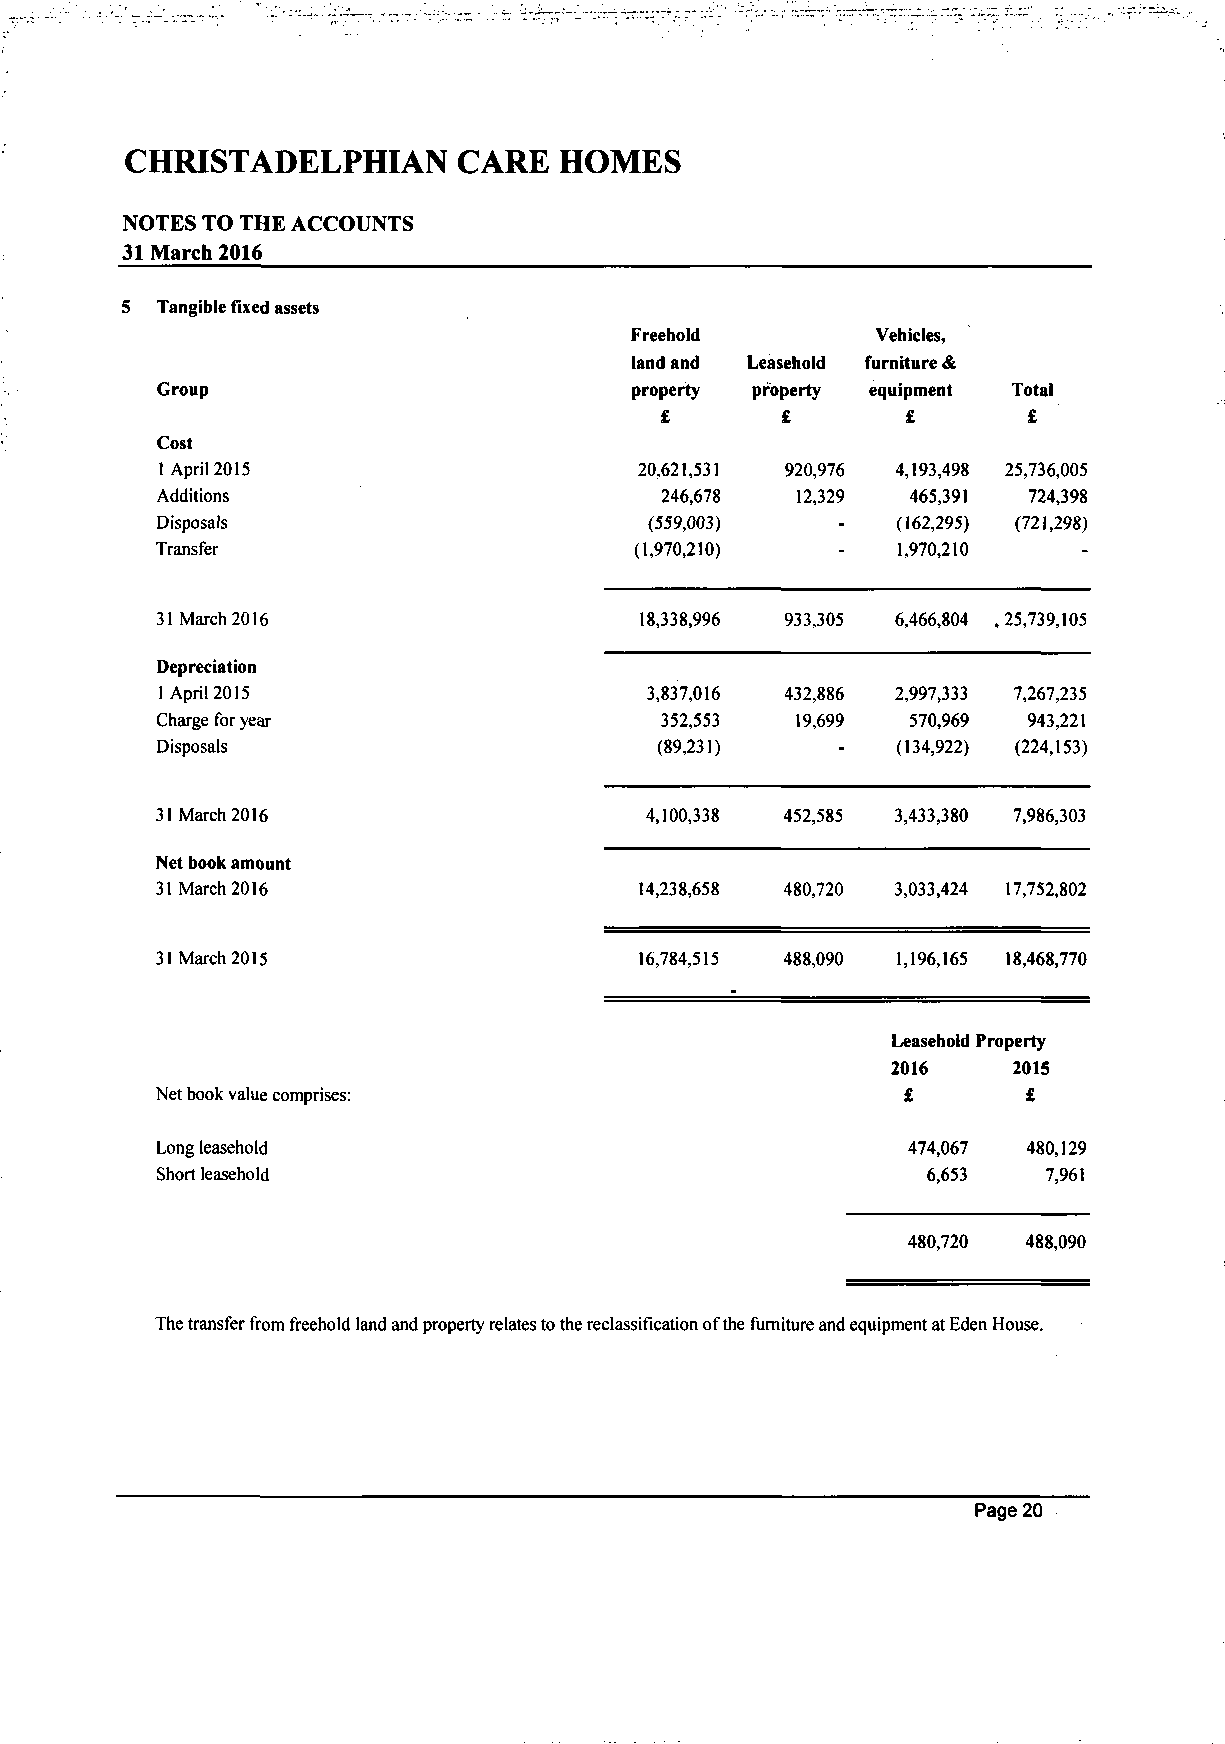
CHRISTADELPHIAN       CARE   HOMES
 NOTES TO THE ACCOUNTS
 31 March 2016
 Tangible fixed assets
 Freehold        Vehicles,
 land and Leasehold furniture &
 Group                           property property equipment Total
 £       £       £       £
 Cost
 1 April 2015                   20,621,531 920,976 4,193,498 25,736,005
 Additions                         246,678  12,329 465,391 724,398
 Disposals                        (559,003)   -   (162,295) (721,298)
 Transfer                        (1,970,210)  -   1,970,210
 31 March 2016                   18,338,996 933,305 6,466,804 .25,739,105
 Depreciation
 1 April 2015                     3,837,016 432,886 2,997,333 7,267,235
 Charge for year                   352,553  19,699 570,969 943,221
 Disposals                        (89,231)    -   (134,922) (224,153)
 31 March 2016                    4,100,338 452,585 3,433,380 7,986,303
 Net book amount
 31 March 2016                   14,238,658 480,720 3,033,424 17,752,802
 31 March 2015                   16,784,515 488,090 1,196,165 18,468,770
 Leasehold Property
 2016    2015
 Net book value comprises:                         £       £
 Long leasehold                                    474,067 480,129
 Short leasehold                                    6,653   7,961
 480,720 488,090
 The transfer from freehold land and property relates to the reclassification of the furniture and equipment at Eden House.
 Page 20